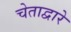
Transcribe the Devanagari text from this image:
चेताद्वारे